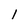
Character: 1